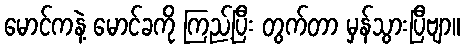
မောင်ကနဲ့ မောင်ခကို ကြည့်ပြီး တွက်တာ မှန်သွားပြီဗျာ။